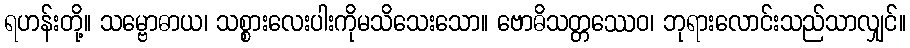
ရဟန်းတို့။ သမ္ဗောဓာယ၊ သစ္စားလေးပါးကိုမသိသေးသော။ ဗောဓိသတ္တဿေဝ၊ ဘုရားလောင်းသည်သာလျှင်။